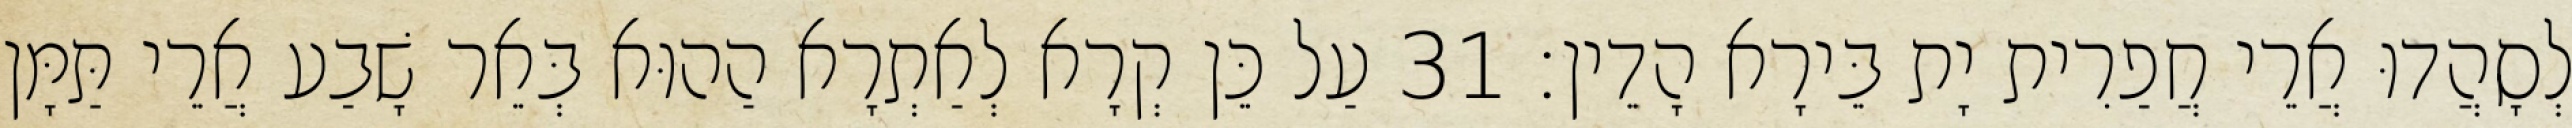
לְסָהֲדוּ אֲרֵי חֲפַרִית יָת בֵּירָא הָדֵין׃ 31 עַל כֵּן קְרָא לְאַתְרָא הַהוּא בְּאֵר שָׁבַע אֲרֵי תַּמָּן